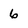
Character: 6